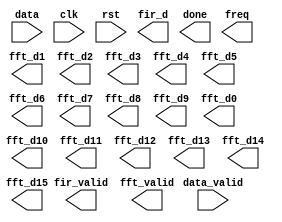
//############################################################################
//++++++++++++++++++++++++++++++++++++++++++++++++++++++++++++++++++++++++++++
//   2013 IC Contest
//   univ_cell_based          : FAS
//++++++++++++++++++++++++++++++++++++++++++++++++++++++++++++++++++++++++++++
//   Module Name : FAS
//++++++++++++++++++++++++++++++++++++++++++++++++++++++++++++++++++++++++++++
//############################################################################
module  FAS (data_valid, data, clk, rst, fir_d, fir_valid, fft_valid, done, freq,
 fft_d1, fft_d2, fft_d3, fft_d4, fft_d5, fft_d6, fft_d7, fft_d8,
 fft_d9, fft_d10, fft_d11, fft_d12, fft_d13, fft_d14, fft_d15, fft_d0);
//================================================================
//  INPUT AND OUTPUT DECLARATION - FAS                       
//================================================================	
input clk, rst;
input data_valid;
input [15:0] data; 

output fir_valid, fft_valid;
output [15:0] fir_d;
output [31:0] fft_d1, fft_d2, fft_d3, fft_d4, fft_d5, fft_d6, fft_d7, fft_d8;
output [31:0] fft_d9, fft_d10, fft_d11, fft_d12, fft_d13, fft_d14, fft_d15, fft_d0;
output done;
output [3:0] freq;
//`include "./dat/FIR_coefficient.dat"


endmodule